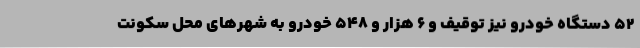
52 دستگاه خودرو نیز توقیف و 6 هزار و 548 خودرو به شهرهای محل سکونت